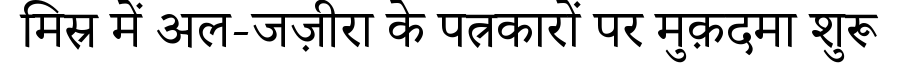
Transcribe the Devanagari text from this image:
मिस्र में अल-जज़ीरा के पत्रकारों पर मुक़दमा शुरू